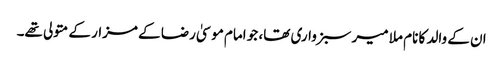
ان کے والد کا نام ملا میر سبزواری تھا، جو امام موسیٰ رضا کے مزار کے متولی تھے۔